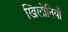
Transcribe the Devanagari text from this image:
खिलोनियाँ